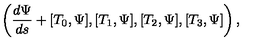
\left( \frac { d \Psi } { d s } + [ { T } _ { 0 } , \Psi ] , [ { T } _ { 1 } , \Psi ] , [ { T } _ { 2 } , \Psi ] , [ { T } _ { 3 } , \Psi ] \right) ,